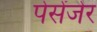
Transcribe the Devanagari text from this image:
पेसेंजेर